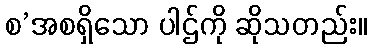
စ’အစရှိသော ပါဌ်ကို ဆိုသတည်း။